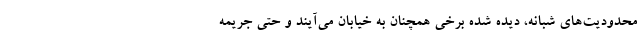
محدودیت‌های شبانه، دیده شده برخی همچنان به خیابان می‌آیند و حتی جریمه